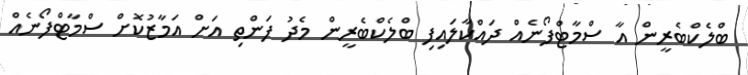
ބްލެކްބެރީން އާ ސްމާޓްފޯނެއް ދައްކާލައިފި ބްލެކްބެރީން މެދު ފަންތި އަށް އަމާޒުކޮށް ސްމާޓްފޯނެއް